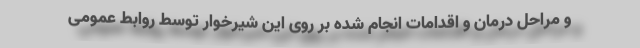
و مراحل درمان و اقدامات انجام شده بر روی این شیرخوار توسط روابط عمومی